Leningradi_Edasi_toimetus, lk 23
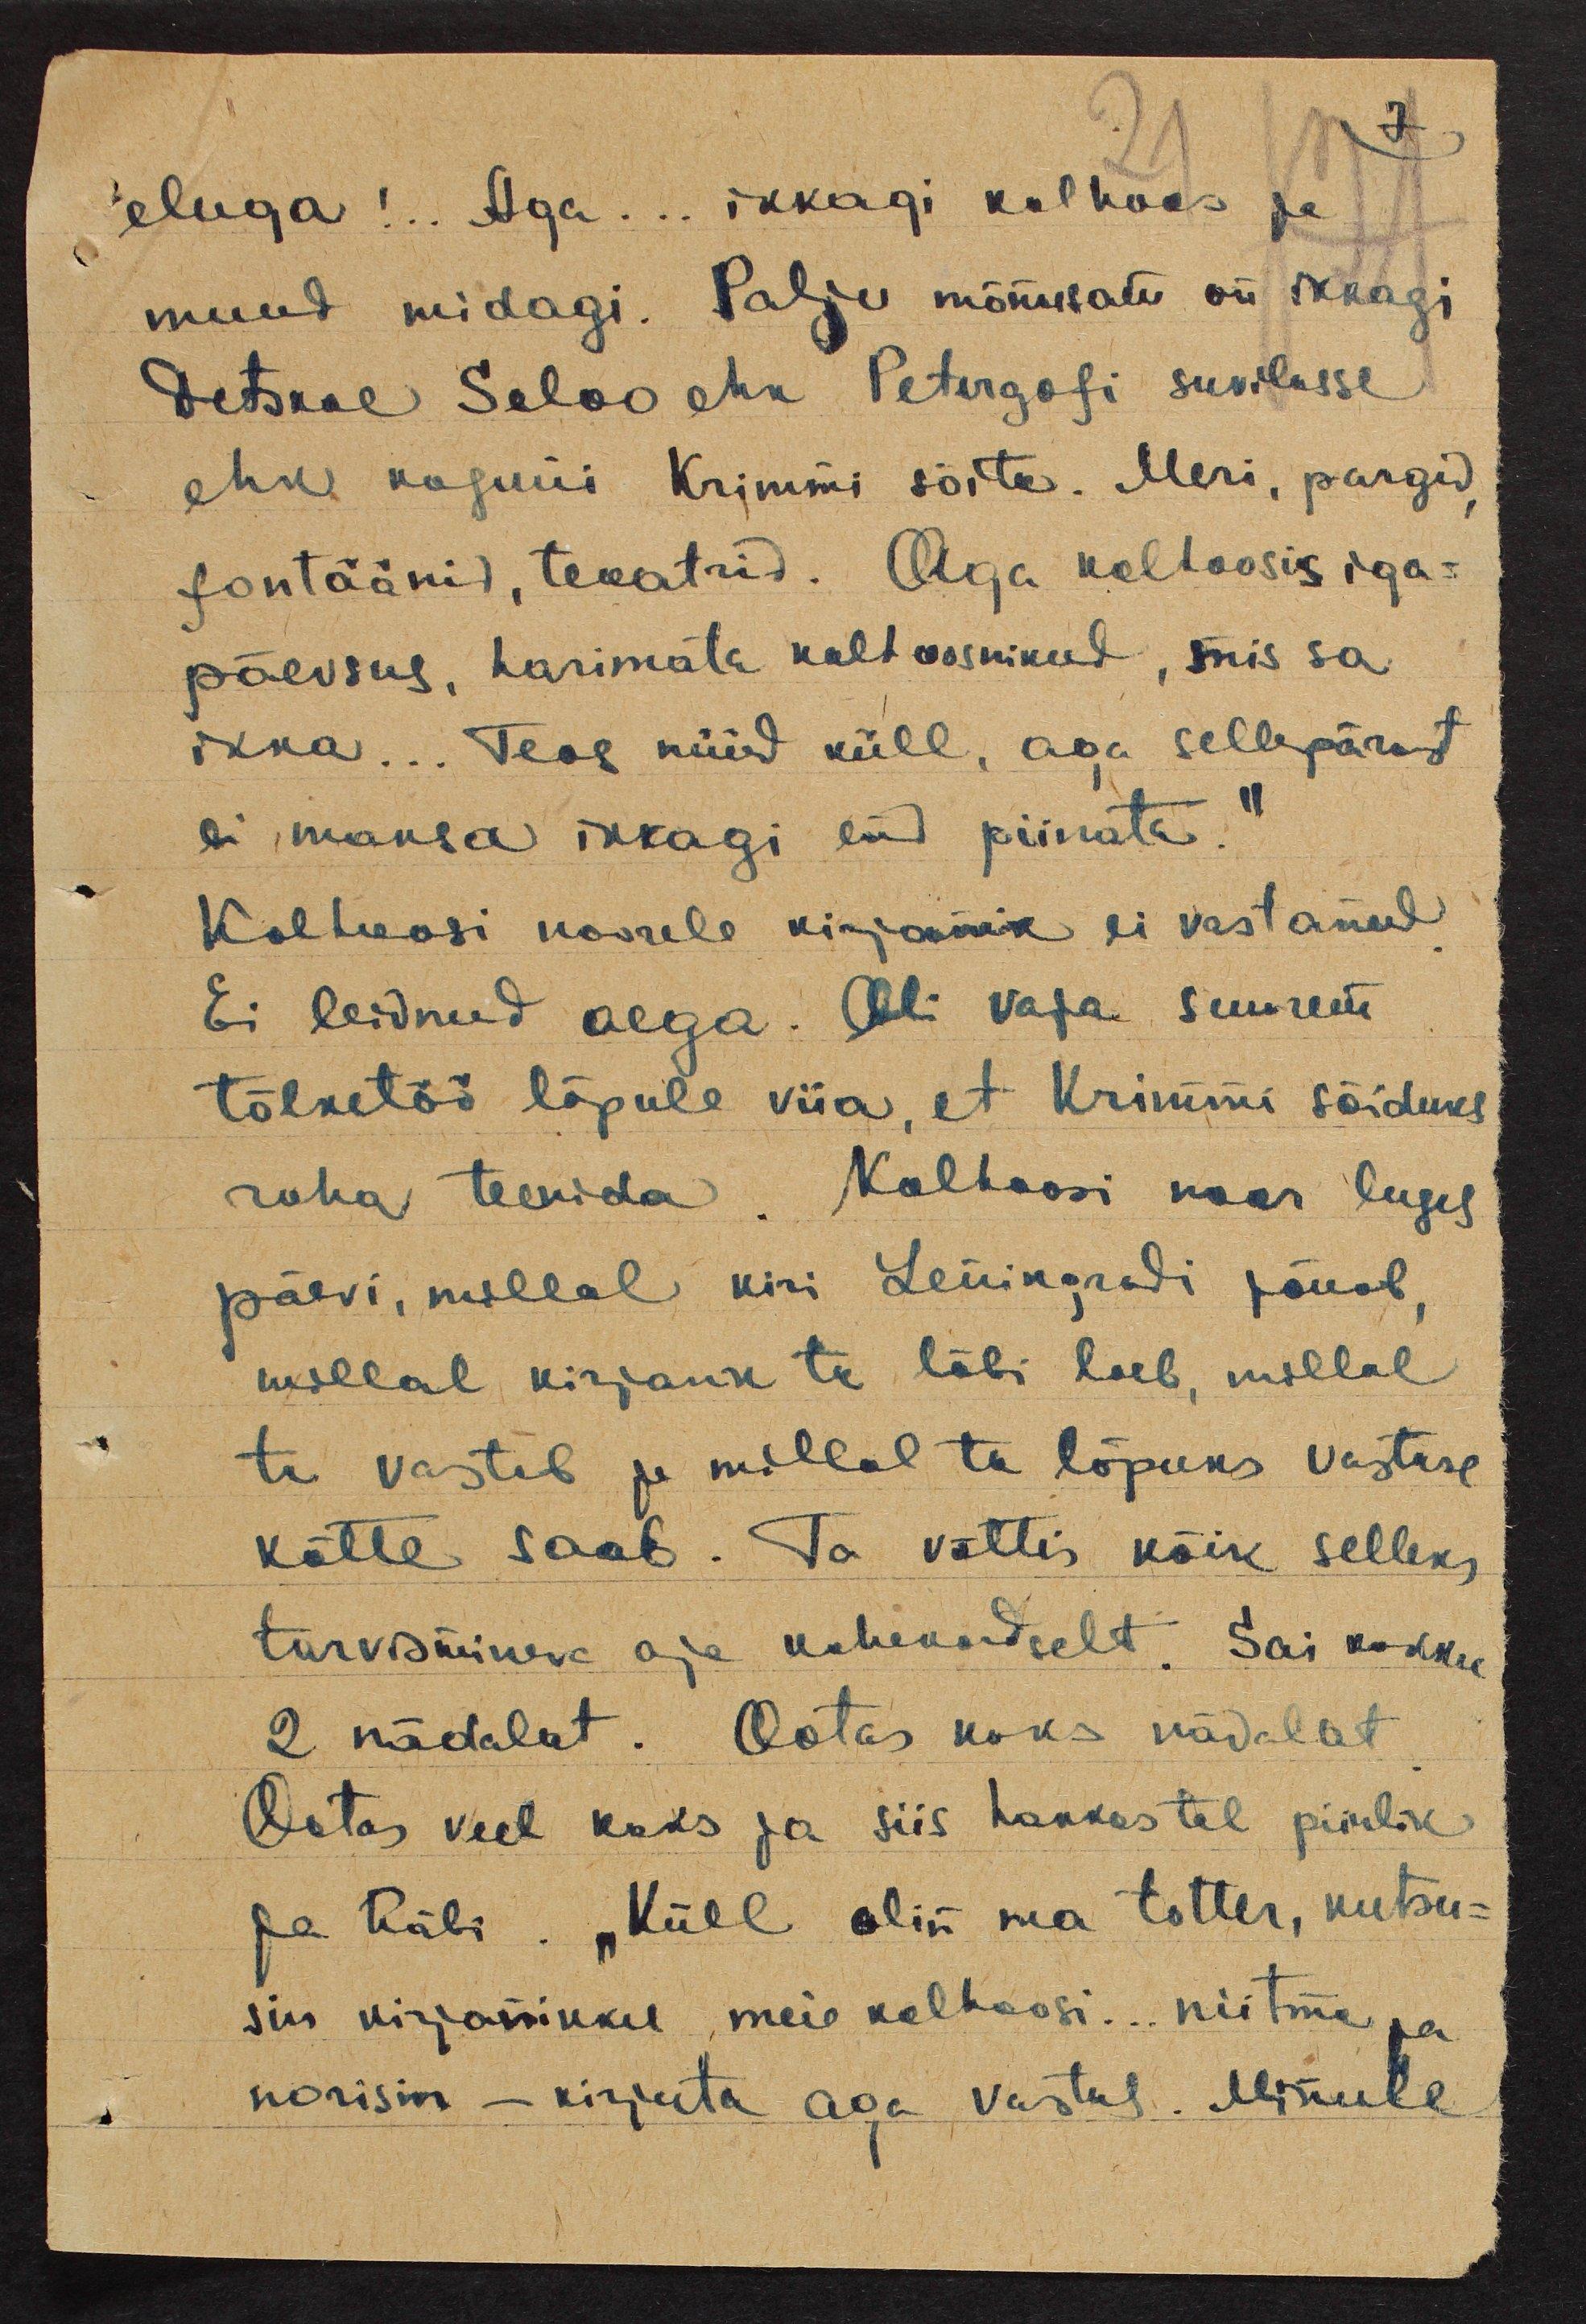
eluga!. Aga... ikkagi kolhoos ja
muud midagi. Palju mõnusam on ikkagi
Detskoe Seloo ehk Petergofi suvilasse
ehk koguni Krimmi sõita. Meri, pargid,
fontäänid, teaatrid. Aga kolhoosis iga-
päevsus, harimata kolhoosnikud, mis sa
ikka... Teos nüüd küll, aga sellepärast
ei maksa ikkagi end piinata."
Kolhoosi noorele kirjanik ei vastanud.
Ei leidnud aega. Oli vaja suurem
tõlketöö lõpule viia, et Krimmi sõiduks
raha teenida. Kolhoosi noor luges
päevi, millal kiri Leningradi jõuab,
millal kirjanik ta läbi loeb, millal
ta vastab ja millal ta lõpuks vastuse
kätte saab. Ta võttis kõik selleks
tarvismineva aja kahekordselt. Sai kokku
2 nädalat. Ootas kaks nädalat
Ootas veel kaks ja siis hakkas tal piinlik
ja häbi. "Küll olin ma totter, kutsu-
sin kirjanikku, meie kolhoosi... niitma ja
norisin - kirjuta aga vastus. Minule